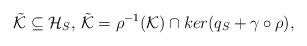
LaTeX: \begin{align*}\tilde{\mathcal{K}}\subseteq\mathcal{H}_{S},\,\tilde{\mathcal{K}}=\rho^{-1}(\mathcal{K})\cap ker(q_{S}+\gamma\circ\rho),\end{align*}